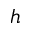
h